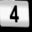
Digit: 4